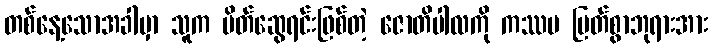
တစ်နေ့သောအခါမှာ သူက မိတ်ဆွေရင်းဖြစ်တဲ့ ဇောတိပါလကို ကဿပ မြတ်စွာဘုရားအား